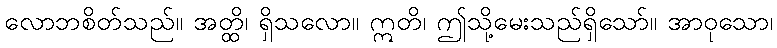
လောဘစိတ်သည်။ အတ္ထိ၊ ရှိသလော။ ဣတိ၊ ဤသို့မေးသည်ရှိသော်။ အာဝုသော၊